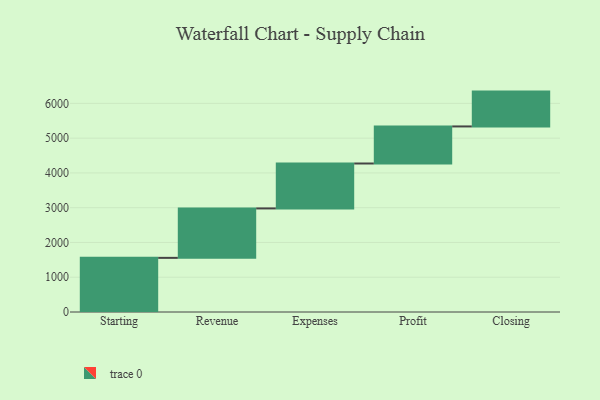
{"axis": {"x": "Step", "y": "Value"}, "legend": [""], "data": [{"x": "Starting", "y": 1557.0, "type": ""}, {"x": "Revenue", "y": 1422.0, "type": ""}, {"x": "Expenses", "y": 1292.0, "type": ""}, {"x": "Profit", "y": 1066.0, "type": ""}, {"x": "Closing", "y": 1002.0, "type": ""}]}